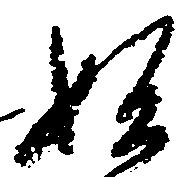
始